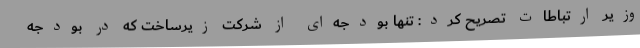
وزیر ارتباطات تصریح کرد: تنها بودجه‌ای از شرکت زیرساخت که در بودجه